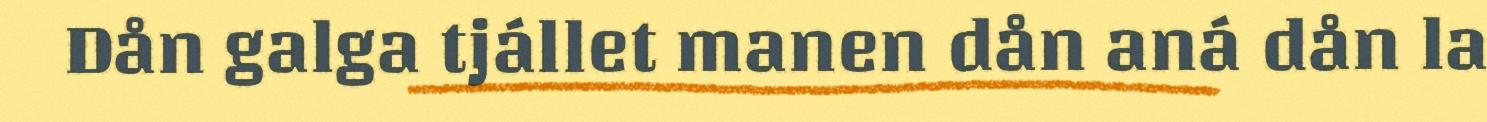
Dån galga tjállet manen dån aná dån la